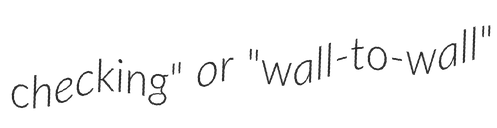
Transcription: checking" or "wall-to-wall"